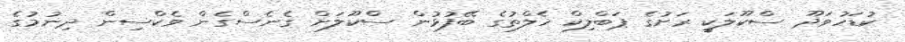
ކުޑަހުވަދޫ ސްކޫލަކީ ރަށުގެ ޕަބްލިކް ހެލްތުގެ ބޭފުޅުން ސްކޫލަށް ގެނެސްގެން ވެކްސިން ދިނުމުގެ